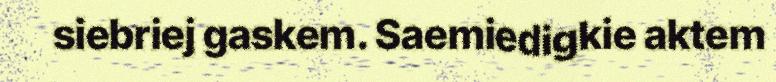
siebriej gaskem. Saemiedigkie aktem